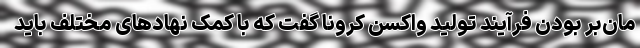
مان‌بر بودن فرآیند تولید واکسن کرونا گفت که با کمک نهادهای مختلف باید